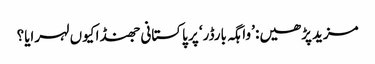
مزید پڑھیں: ’واہگہ بارڈر‘ پر پاکستانی جھنڈا کیوں لہرایا؟